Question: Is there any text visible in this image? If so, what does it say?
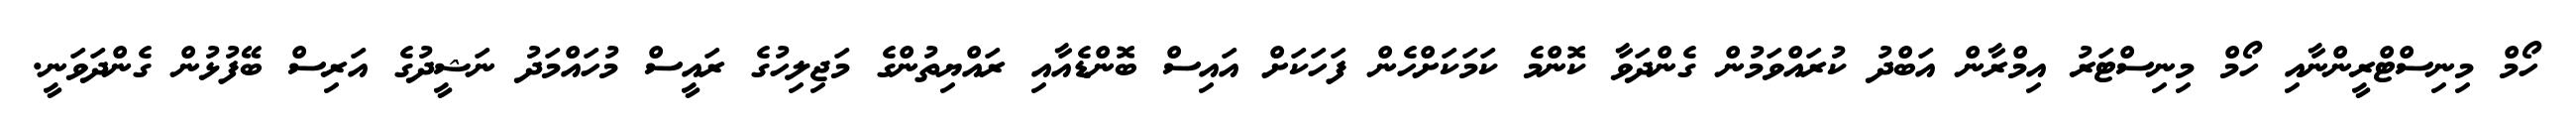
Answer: ހޯމް މިނިސްޓްރީންނާއި ހޯމް މިނިސްޓަރު އިމްރާން އަބްދު ކުރައްވަމުން ގެންދަވާ ކޮންމެ ކަމަކަށްހެން ފަހަކަށް އައިސް ބޮންޑެއާއި ރައްޔިތުންގެ މަޖިލިހުގެ ރައީސް މުހައްމަދު ނަޝީދުގެ އަރިސް ބޭފުޅުން ގެންދަވަނީ.